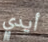
أيدي